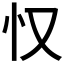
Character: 𱝽